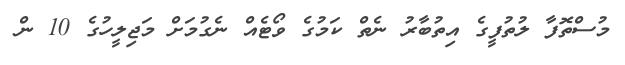
މުސްތޮފާ ލުތުފީގެ އިތުބާރު ނެތް ކަމުގެ ވޯޓެއް ނެގުމަށް މަޖިލީހުގެ 10 ން